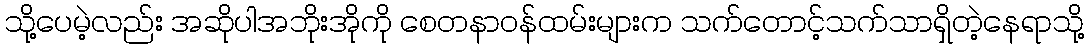
သို့ပေမဲ့လည်း အဆိုပါအဘိုးအိုကို စေတနာဝန်ထမ်းများက သက်တောင့်သက်သာရှိတဲ့နေရာသို့